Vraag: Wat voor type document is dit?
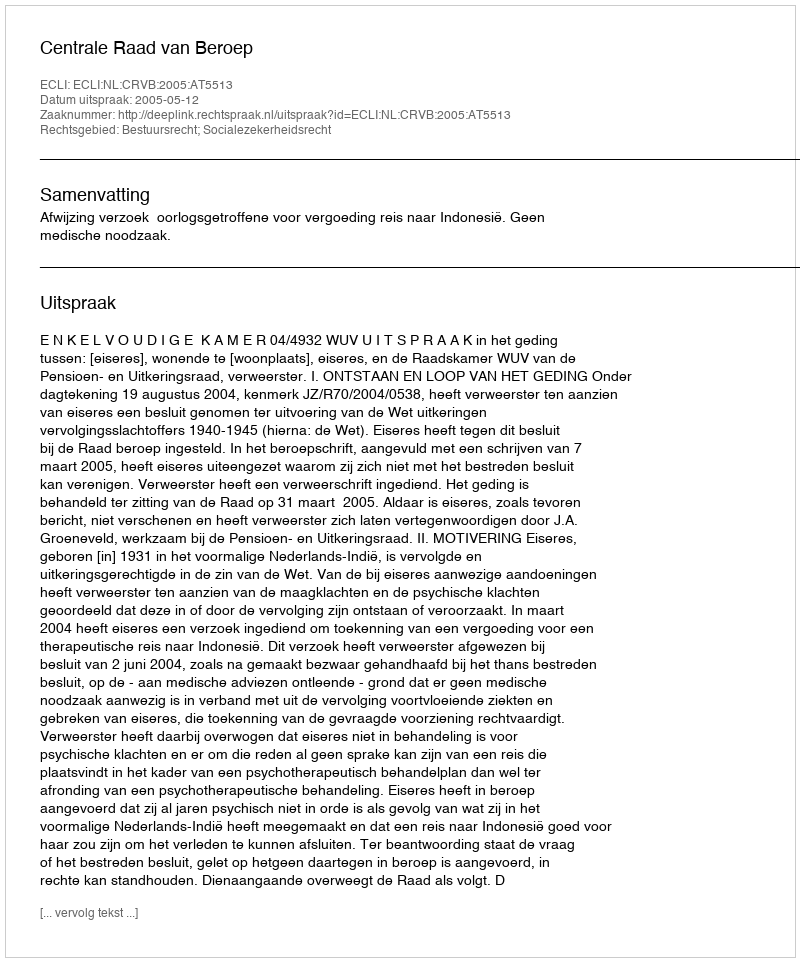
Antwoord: Uitspraak